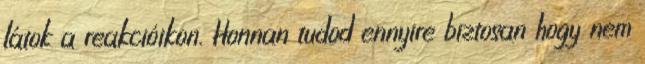
látok a reakcióikon. Honnan tudod ennyire biztosan hogy nem